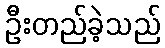
ဦးတည်ခဲ့သည်